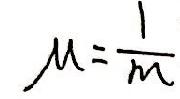
\(\mu=\frac{1}{m}\)